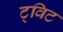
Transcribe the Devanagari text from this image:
ट्‌विट